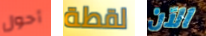
أحول لقطة الآن